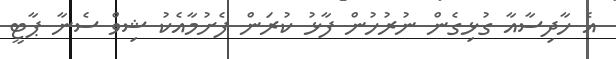
އެ ހާދިސާއާ ގުޅިގެން ނުރުހުން ފާޅު ކުރަން ފެށުމާއެކު ޝިވް ސެނާ ޕާޓީ